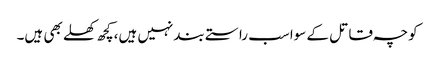
کوچہ قاتل کے سواسب راستے بندنہیں ہیں،کچھ کھلے بھی ہیں۔